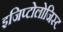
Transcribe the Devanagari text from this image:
इजिप्टोलोजिस्ट